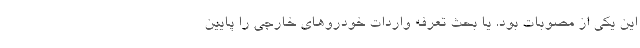
این یکی از مصوبات بود. یا بحث تعرفه واردات خودروهای خارجی را پایین